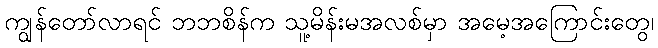
ကျွန်တော်လာရင် ဘဘစိန်က သူ့မိန်းမအလစ်မှာ အမေ့အကြောင်းတွေ၊